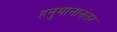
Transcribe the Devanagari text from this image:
हनुमानानंतर